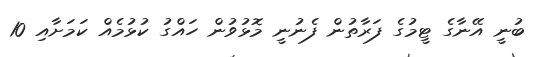
ބުނީ އޭނާގެ ޓީމުގެ ފަރާތުން ފެނުނީ މޮޅުވުން ހައްގު ކުޅުމެއް ކަމަށާއި 10